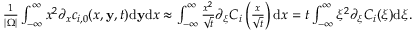
\begin{array} { r } { \frac { 1 } { | \Omega | } \int _ { - \infty } ^ { \infty } x ^ { 2 } \partial _ { x } c _ { i , 0 } ( x , \mathbf { y } , t ) \mathrm { d } \mathbf { y } \mathrm { d } x \approx \int _ { - \infty } ^ { \infty } \frac { x ^ { 2 } } { \sqrt { t } } \partial _ { \xi } C _ { i } \left( \frac { x } { \sqrt { t } } \right) \mathrm { d } x = t \int _ { - \infty } ^ { \infty } \xi ^ { 2 } \partial _ { \xi } C _ { i } ( \xi ) \mathrm { d } \xi . } \end{array}